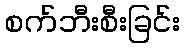
စက်ဘီးစီးခြင်း